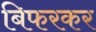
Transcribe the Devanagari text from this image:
बिफरकर